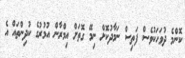
ކޮންމެ ދުވަހަކުވެސް ފަތިސް ނަމާދުކޮށް ނިމޭ ގޮތަށް އިމްރާން އުމުރުގެ ކުދިންތައް އެ